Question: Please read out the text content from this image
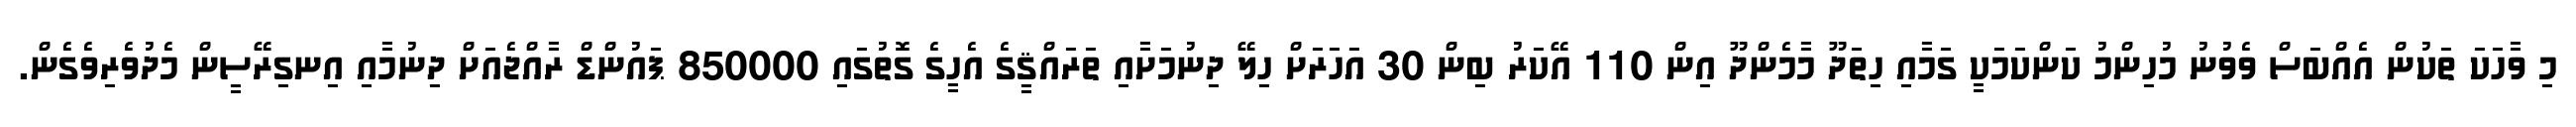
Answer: މި ވާހަކަ ތަކުން އެއްބަސް ވެވުނު މުހިންމު ކަންކަމަކީ ގަމާއި ހިތަދޫ މާމެންދޫ އިން 110 އޭކަރު ބިން 30 އަހަރަށް ހިލޭ ދިނުމަށާއި ތަރައްޤީގެ އެހީގެ ގޮތުގައި 850000 ޕައުންޑް ރާއްޖެއަށް ދިނުމާއި އިނގިރޭސީން މެދުވެރިވެގެން.